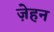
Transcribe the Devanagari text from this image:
ज़ेहन